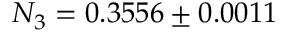
N _ { 3 } = 0 . 3 5 5 6 \pm 0 . 0 0 1 1